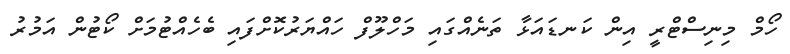
ހޯމް މިނިސްޓްރީ އިން ކަނޑައަޅާ ތަނެއްގައި މަހްލޫފް ހައްޔަރުކޮށްފައި ބެހެއްޓުމަށް ކޯޓުން އަމުރު